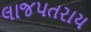
લાજપતરાય